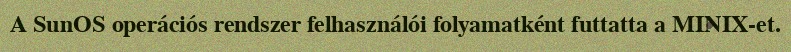
A SunOS operációs rendszer felhasználói folyamatként futtatta a MINIX-et.